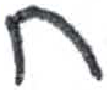
אות: ח